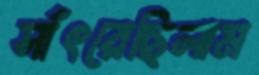
সাঁৎরেছিলাম